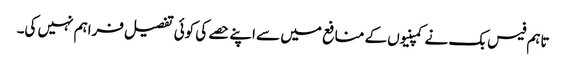
تاہم فیس بک نے کمپنیوں کے منافع میں سے اپنے حصے کی کوئی تفصیل فراہم نہیں کی۔